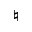
\natural